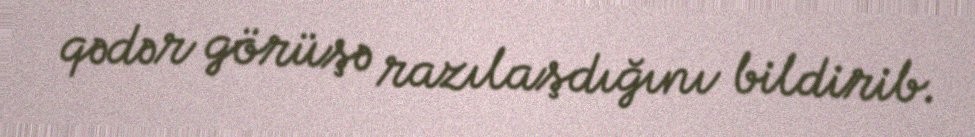
qədər görüşə razılaşdığını bildirib.